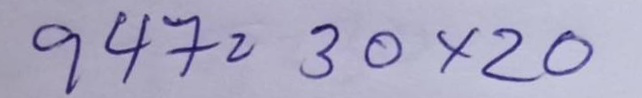
947 = 30x20